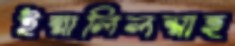
ইন্নালিলস্নাহ